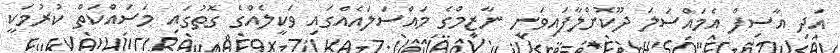
އަދި އާސިފް އެމައްސަލަ ދޫކޮށްލާފައިވަނީ ނާޒިމްގެ މައްސަލައެއްގައި ވަކީލެއްގެ ގޮތުގައި މަސައްކަތް ކުރުމަކީ